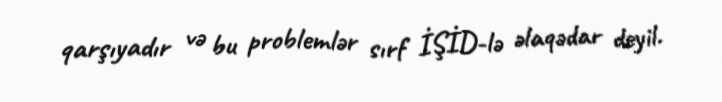
qarşıyadır və bu problemlər sırf İŞİD-lə əlaqədar deyil.